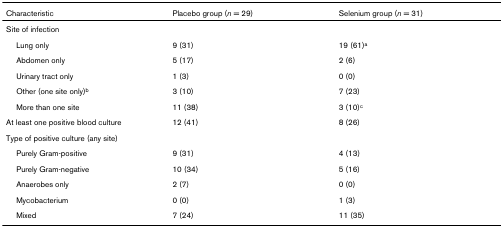
| Characteristic | Placebo group (n = 29) | Selenium group (n = 31) |
 | --- | --- | --- |
 | Site of infection |  |  |
 | Lung only | 9 (31) | 19 (61)a |
 | Abdomen only | 5 (17) | 2 (6) |
 | Urinary tract only | 1 (3) | 0 (0) |
 | Other (one site only)b | 3 (10) | 7 (23) |
 | More than one site | 11 (38) | 3 (10)c |
 | At least one positive blood culture | 12 (41) | 8 (26) |
 | Type of positive culture (any site) |  |  |
 | Purely Gram-positive | 9 (31) | 4 (13) |
 | Purely Gram-negative | 10 (34) | 5 (16) |
 | Anaerobes only | 2 (7) | 0 (0) |
 | Mycobacterium | 0 (0) | 1 (3) |
 | Mixed | 7 (24) | 11 (35) |